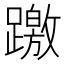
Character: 躈